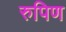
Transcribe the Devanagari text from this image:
रुपिण